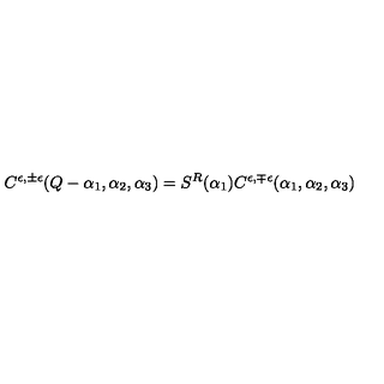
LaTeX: C ^ { \epsilon , \pm \epsilon } ( Q - \alpha _ { 1 } , \alpha _ { 2 } , \alpha _ { 3 } ) = S ^ { R } ( \alpha _ { 1 } ) C ^ { \epsilon , \mp \epsilon } ( \alpha _ { 1 } , \alpha _ { 2 } , \alpha _ { 3 } )